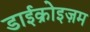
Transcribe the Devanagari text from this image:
डाईक्रोइज़म